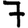
Digit: 7